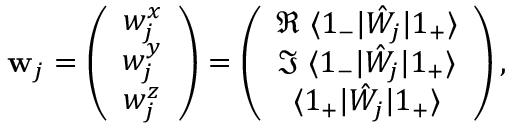
\mathbf { w } _ { j } = \left( \begin{array} { c } { w _ { j } ^ { x } } \\ { w _ { j } ^ { y } } \\ { w _ { j } ^ { z } } \end{array} \right) = \left( \begin{array} { c } { \Re \ \langle 1 _ { - } | \hat { W } _ { j } | 1 _ { + } \rangle } \\ { \Im \ \langle 1 _ { - } | \hat { W } _ { j } | 1 _ { + } \rangle } \\ { \langle 1 _ { + } | \hat { W } _ { j } | 1 _ { + } \rangle } \end{array} \right) ,